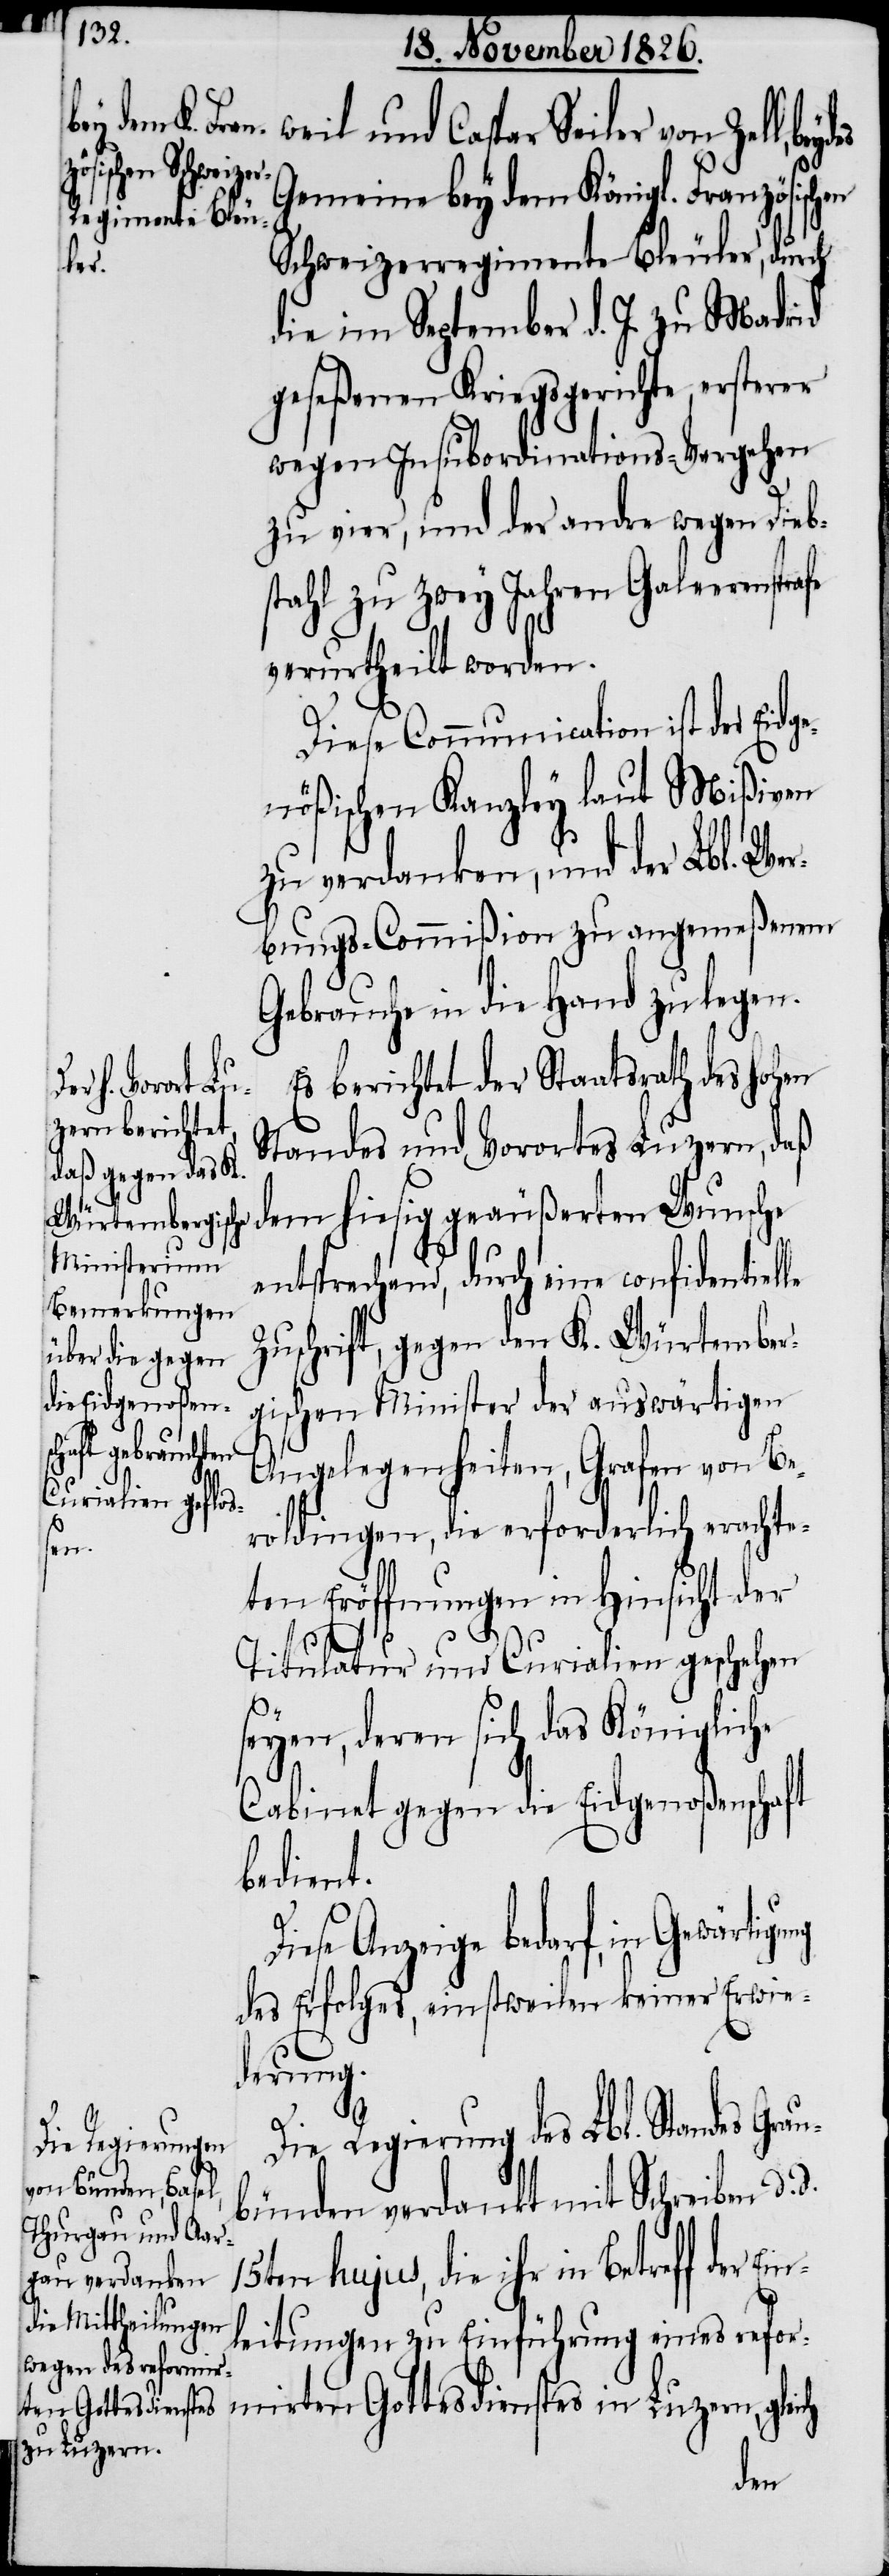
Gemeine bey dem Königl. Französischen
Schweizerregimente Bleuler, durch
die im September d. J. zu Madrid
geseßenen Kriegsgerichte, ersterer
wegen Insubordinations-Vergehen
zu vier, und der andre wegen Dieb¬
stahl zu zwey Jahren Galeerenstrafe
verurtheilt worden.
Diese Communication ist der Eidg¬
enößischen Kanzley laut Mißiven
zu verdanken, und der Lbl. Wer¬
bungs-Commißion zu angemeßenem
Gebrauche in die Hand zu legen.
Es berichtet der Staatsrath des hohen
Seiler von
Standes und Vorortes Luzern, daß
dem hiesig geäußerten Wunsche
entsprechend, durch eine confidentiel¬
Zuschrift, gegen den K. Würtember¬
gischen Minister der auswärtigen
Angelegenheiten, Grafen von Be¬
Ein¬
roldingen, die erforderlich erachte¬
ten Eröffnungen in Hinsicht der
Titulatur und Curialien geschehen
seyen, deren sich das Königliche
Cabinet gegen die Eidgenoßenschaft
bedient.
Diese Anzeige bedarf, in Gewärtigung
des Erfolges, einstweilen keiner Erwie¬
derung.
Die Regierung des Lbl. Standes Gr¬
bünden verdankt mit Schreiben d.
15ten hujus, die ihr in Betreff der
leitungen zu Einführung eines refor¬
mirten Gottesdienstes in Luzern, gleich